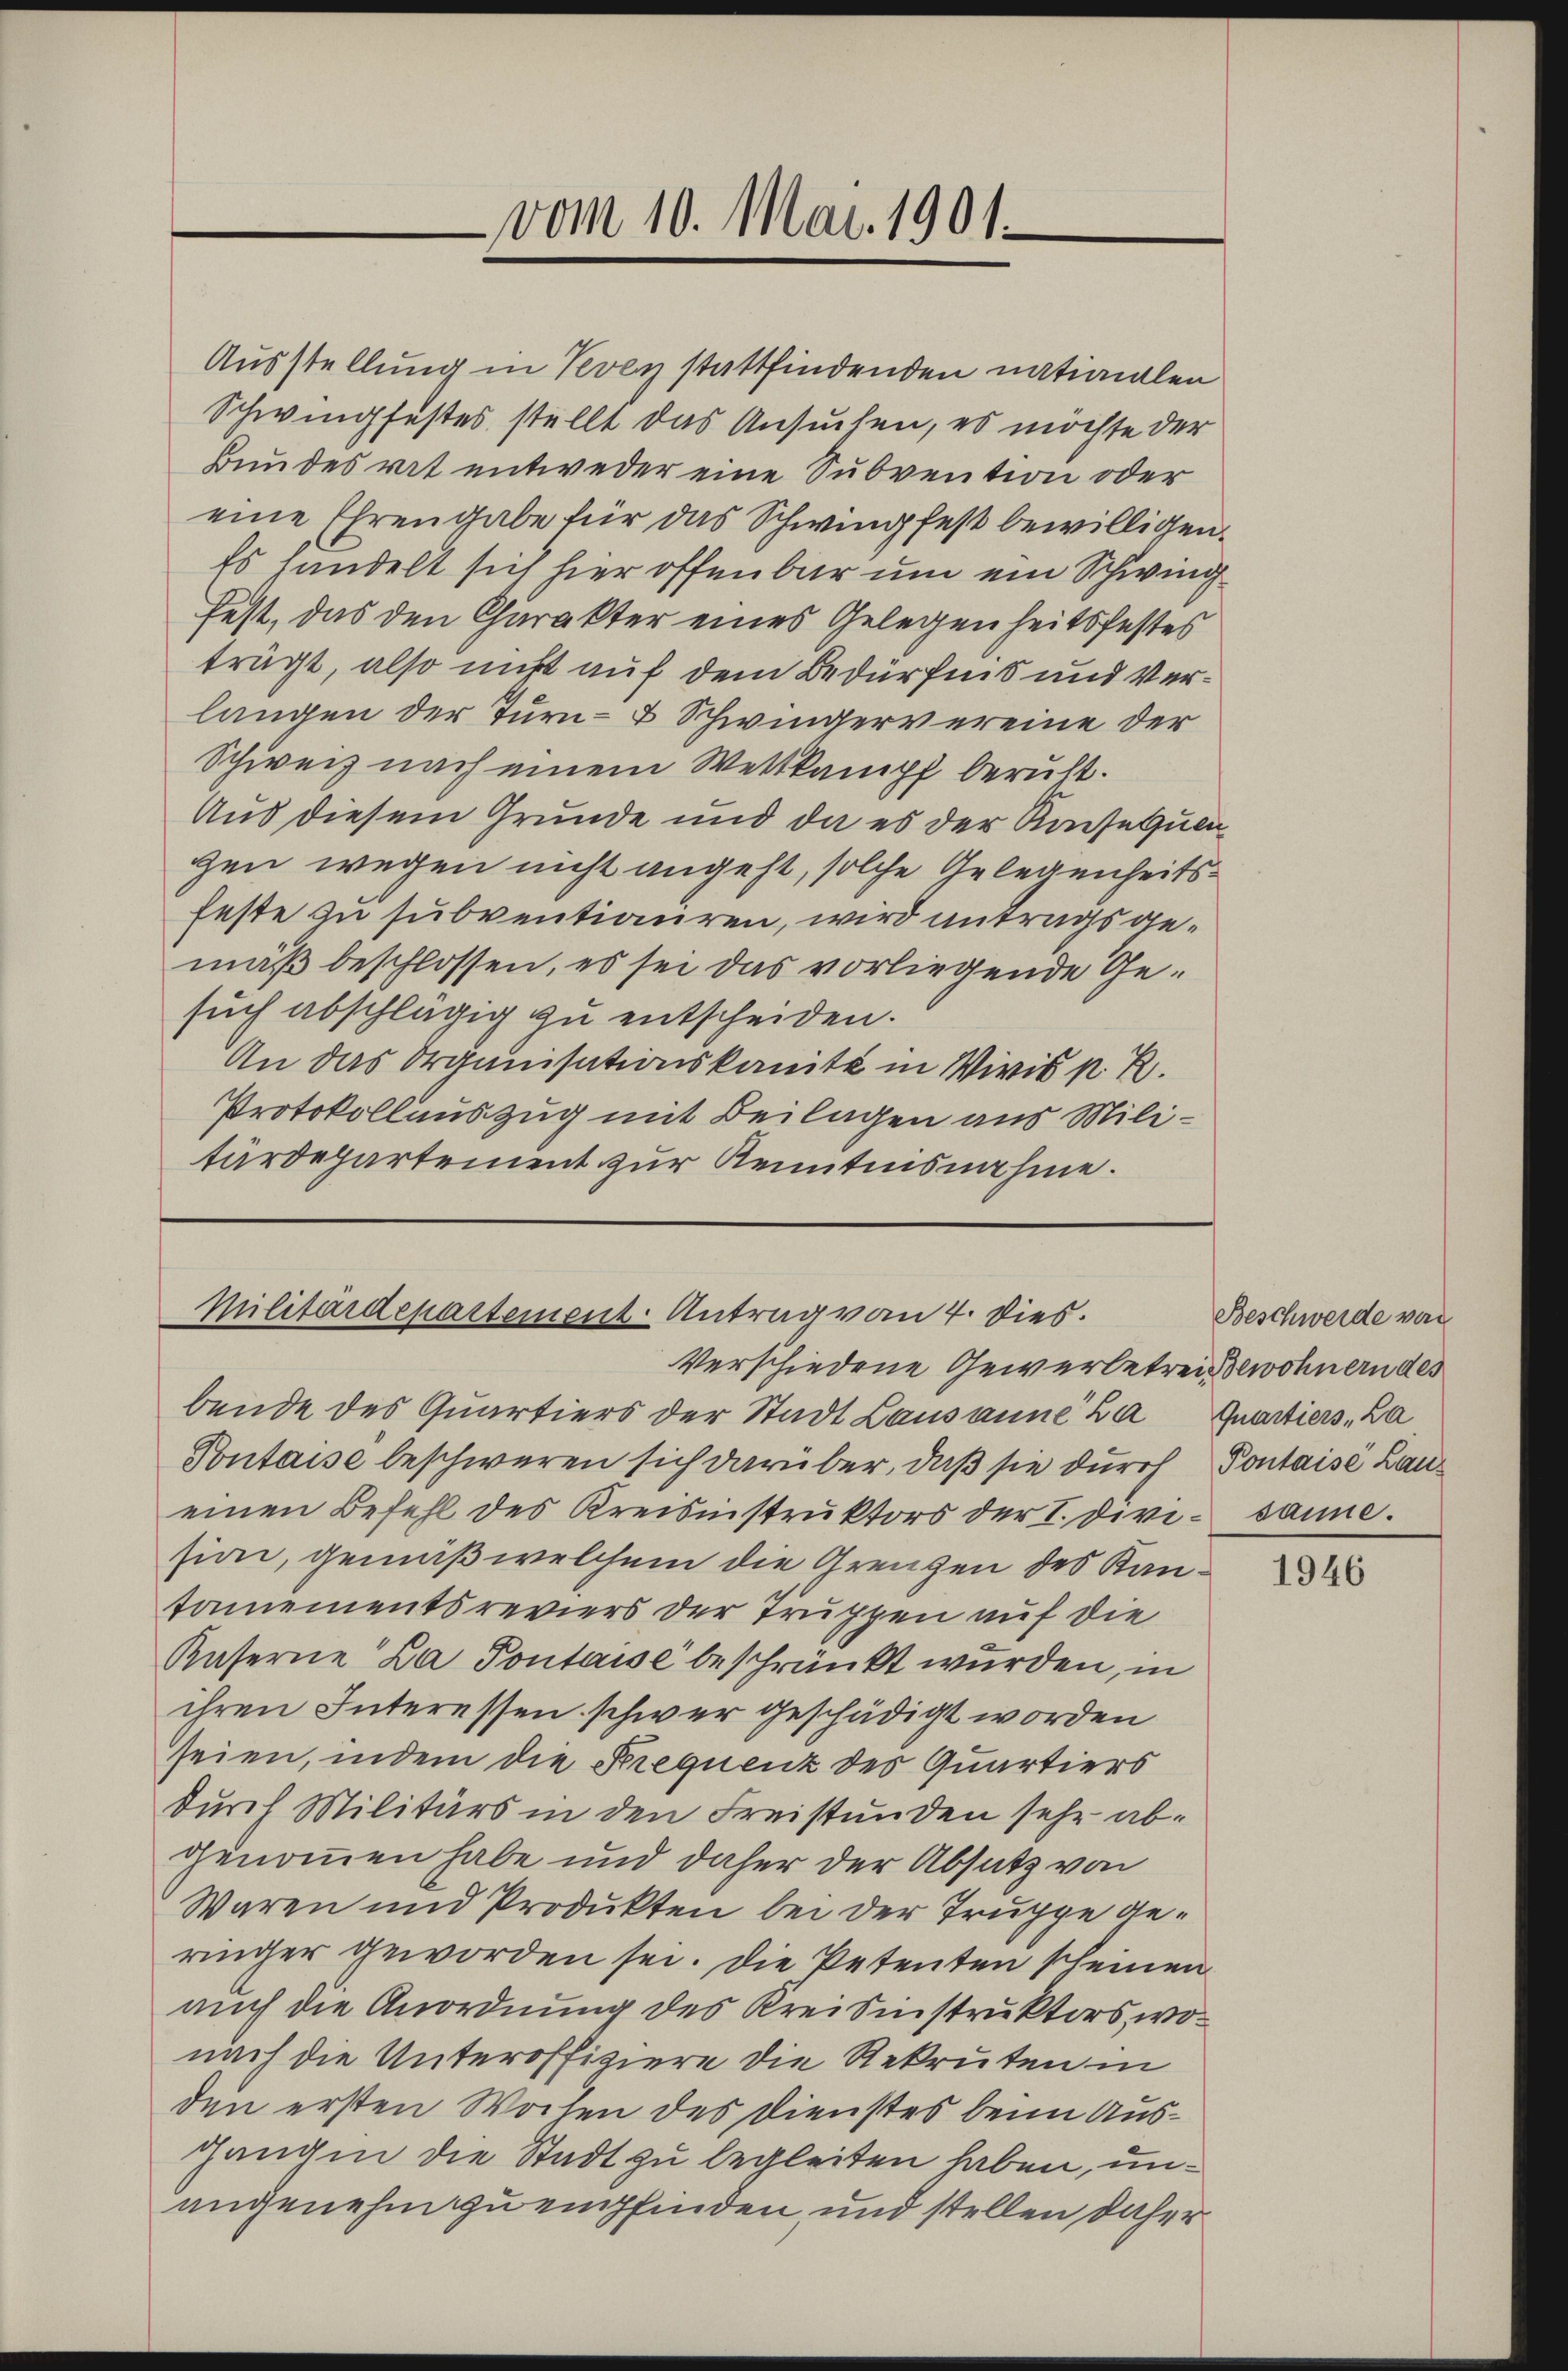
vom 10. Mai 1901.

Ausstellung in Vevey stattfindenden nationalen
Schwingfestes stellt das Ansuchen, es möchte der
Bundesrat entweder eine Subvention oder
eine Ehrengabe für das Schwing fest bewilligen.
Es handelt sich hier offenbar um ein Schwing
fest, das den Charakter eines Gelegenheitsfestes
trägt, also nicht auf dem Bedürfnis und Verlangen der Turn- & Schwingervereine der
Schweiz nach einem Wettkampf beruft.
Aus diesem Grunde und da es der Kaisequengen wegen nicht angeht, solche Gelegenheitsfeste zu subventiauren, wird antragsgemäß beschlossen, es sei das vorliegende Gesuch abschlägig zu entscheiden.
An das Organisationskanitz in Vivis p. R.
Protokollauszug mit Beilagen aus Militärdepartement zur Kenntnisnahme.

Militärdepartement Antrag von 4. Dies
Verschiedene Gewerbetreißewohnern des

bende des Quartiers der Stadt Lausanne ha Quartiers, La
Vontaise beschweren sich darüber, daß sie durch Pontaise Laneinen Befehl des Kreisinstruktors der I. divi- sanne.
sion, gemäß welchem die Grenzen des Kantamementsreviers der Truppen auf die
Kaserne La Pontaise beschränkt wurden, in
ihren Interessen schwer geschädigt worden
seien, indem die Frequenz des Quartiers
durch Militärs in den Freistunden sehr abgenommen habe und daher der Absatz von
Waren und Produkten bei der Truppe geringer geworden sei. Die Petenten scheinen
auch die Anordnung des Kreisinstruktors, wonach die Unteroffiziere die Rekruten in
den ersten Wochen des Dienstes beim Ausgangen die Stadt zu begleiten haben, unangenehm zu empfinden und stellen daher

Beschwerde von

1946